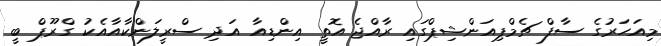
މިއަހަރުގެ ސާފް ޗެމްޕިއަންޝިޕްގައި ރާއްޖެ އޮތީ އިންޑިއާ އަދި ސްރީލަންކާއާއެކު ގްރޫޕް ބީ